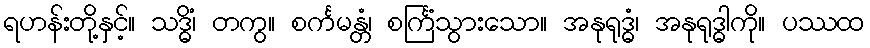
ရဟန်းတို့နှင့်။ သဒ္ဓိံ၊ တကွ။ စင်္ကမန္တံ၊ စင်္ကြံသွားသော။ အနုရုဒ္ဓံ၊ အနုရုဒ္ဓါကို။ ပဿထ